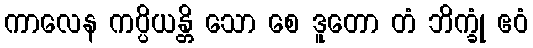
ကာလေန ကပ္ပိယန္တိ သော စေ ဒူတော တံ ဘိက္ခုံ ဧဝံ